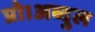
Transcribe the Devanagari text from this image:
प्रो।अब्दुल